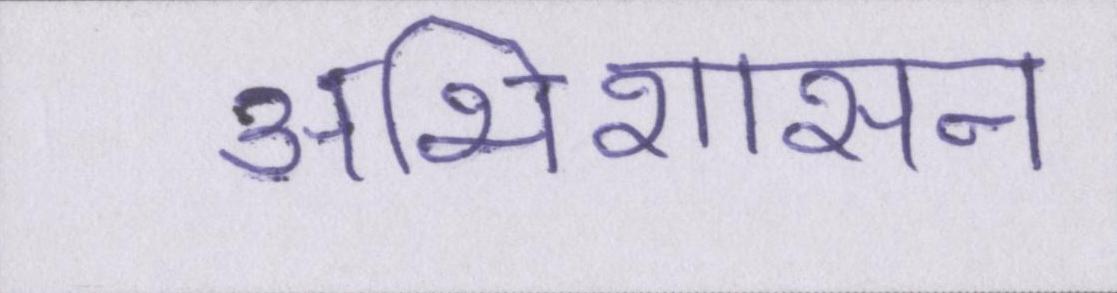
अभिशासन